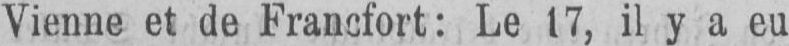
Vienne et de Francfort: Le 17, il y a eu